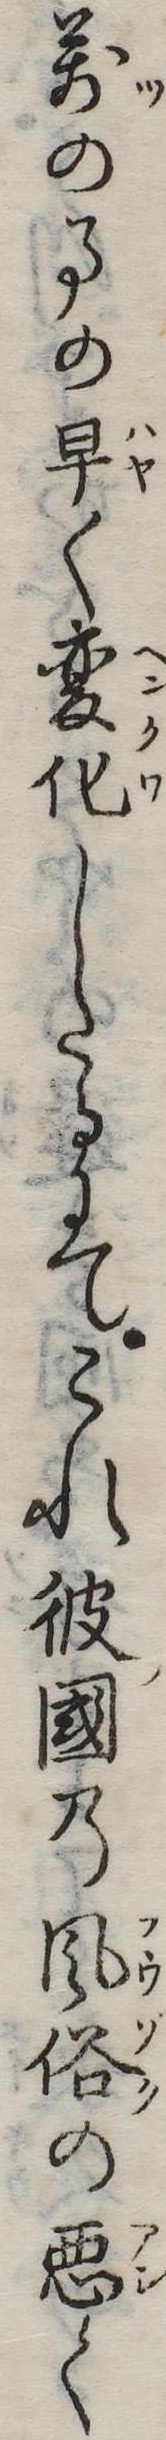
万の事の早く変化したるにてこれ彼国の風俗の悪く